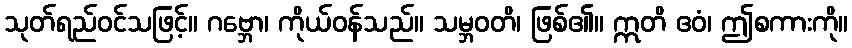
သုတ်ရည်ဝင်သဖြင့်။ ဂဗ္ဘော၊ ကိုယ်ဝန်သည်။ သမ္ဘဝတိ၊ ဖြစ်၏။ ဣတိ ဧဝံ၊ ဤစကားကို။